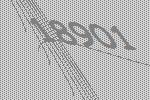
18901